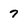
Character: 7